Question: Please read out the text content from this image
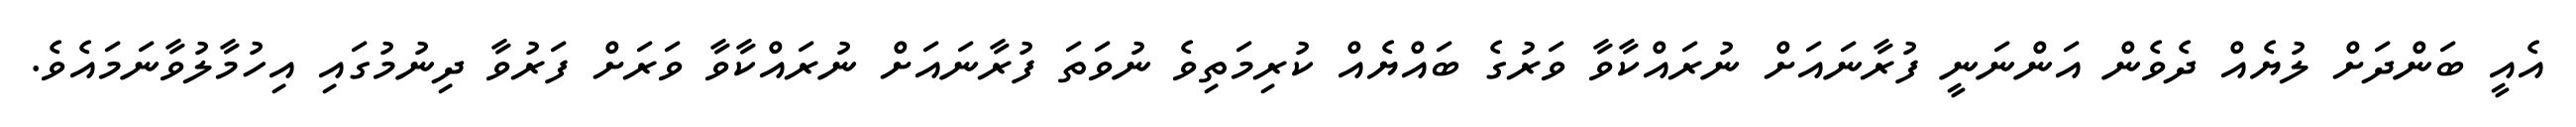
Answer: އެއީ ބަންދަށް ލުޔެއް ދެވެން އަންނަނީ ފުރާނައަށް ނުރައްކާވާ ވަރުގެ ބައްޔެއް ކުރިމަތިވެ ނުވަތަ ފުރާނައަށް ނުރައްކާވާ ވަރަށް ފަރުވާ ދިނުމުގައި އިހުމާލުވާނަމައެވެ.